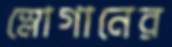
স্লোগানের